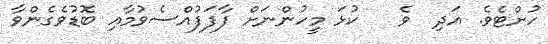
ހުށްޓެވެ. އަދި  ވެ   ކުޅަ މީހުންނަށް ފާފަފުއްސެވުމާއި ބޮޑުވެގެންވާ